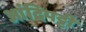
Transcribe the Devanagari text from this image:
आंदिपट्टी